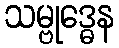
သမ္ဗုဒ္ဓေန